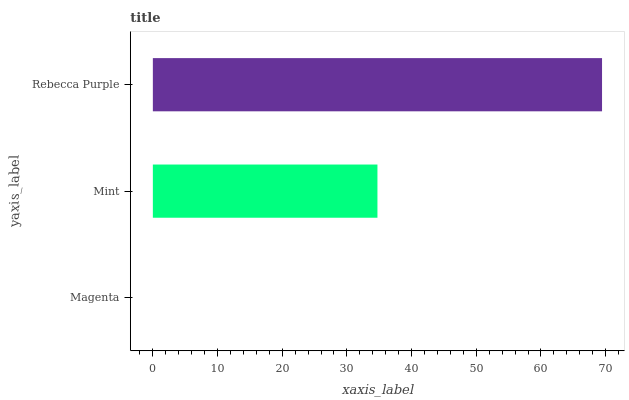
| yaxis_label | bars |
 | --- | --- |
 | Magenta | 0 |
 | Mint | 34.7 |
 | Rebecca Purple | 69.4 |